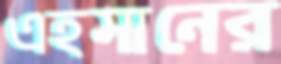
এহসানের